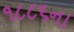
૧૮૮૬ના